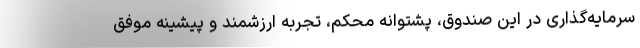
سرمایه‌گذاری در این صندوق، پشتوانه محکم، تجربه ارزشمند و پیشینه موفق